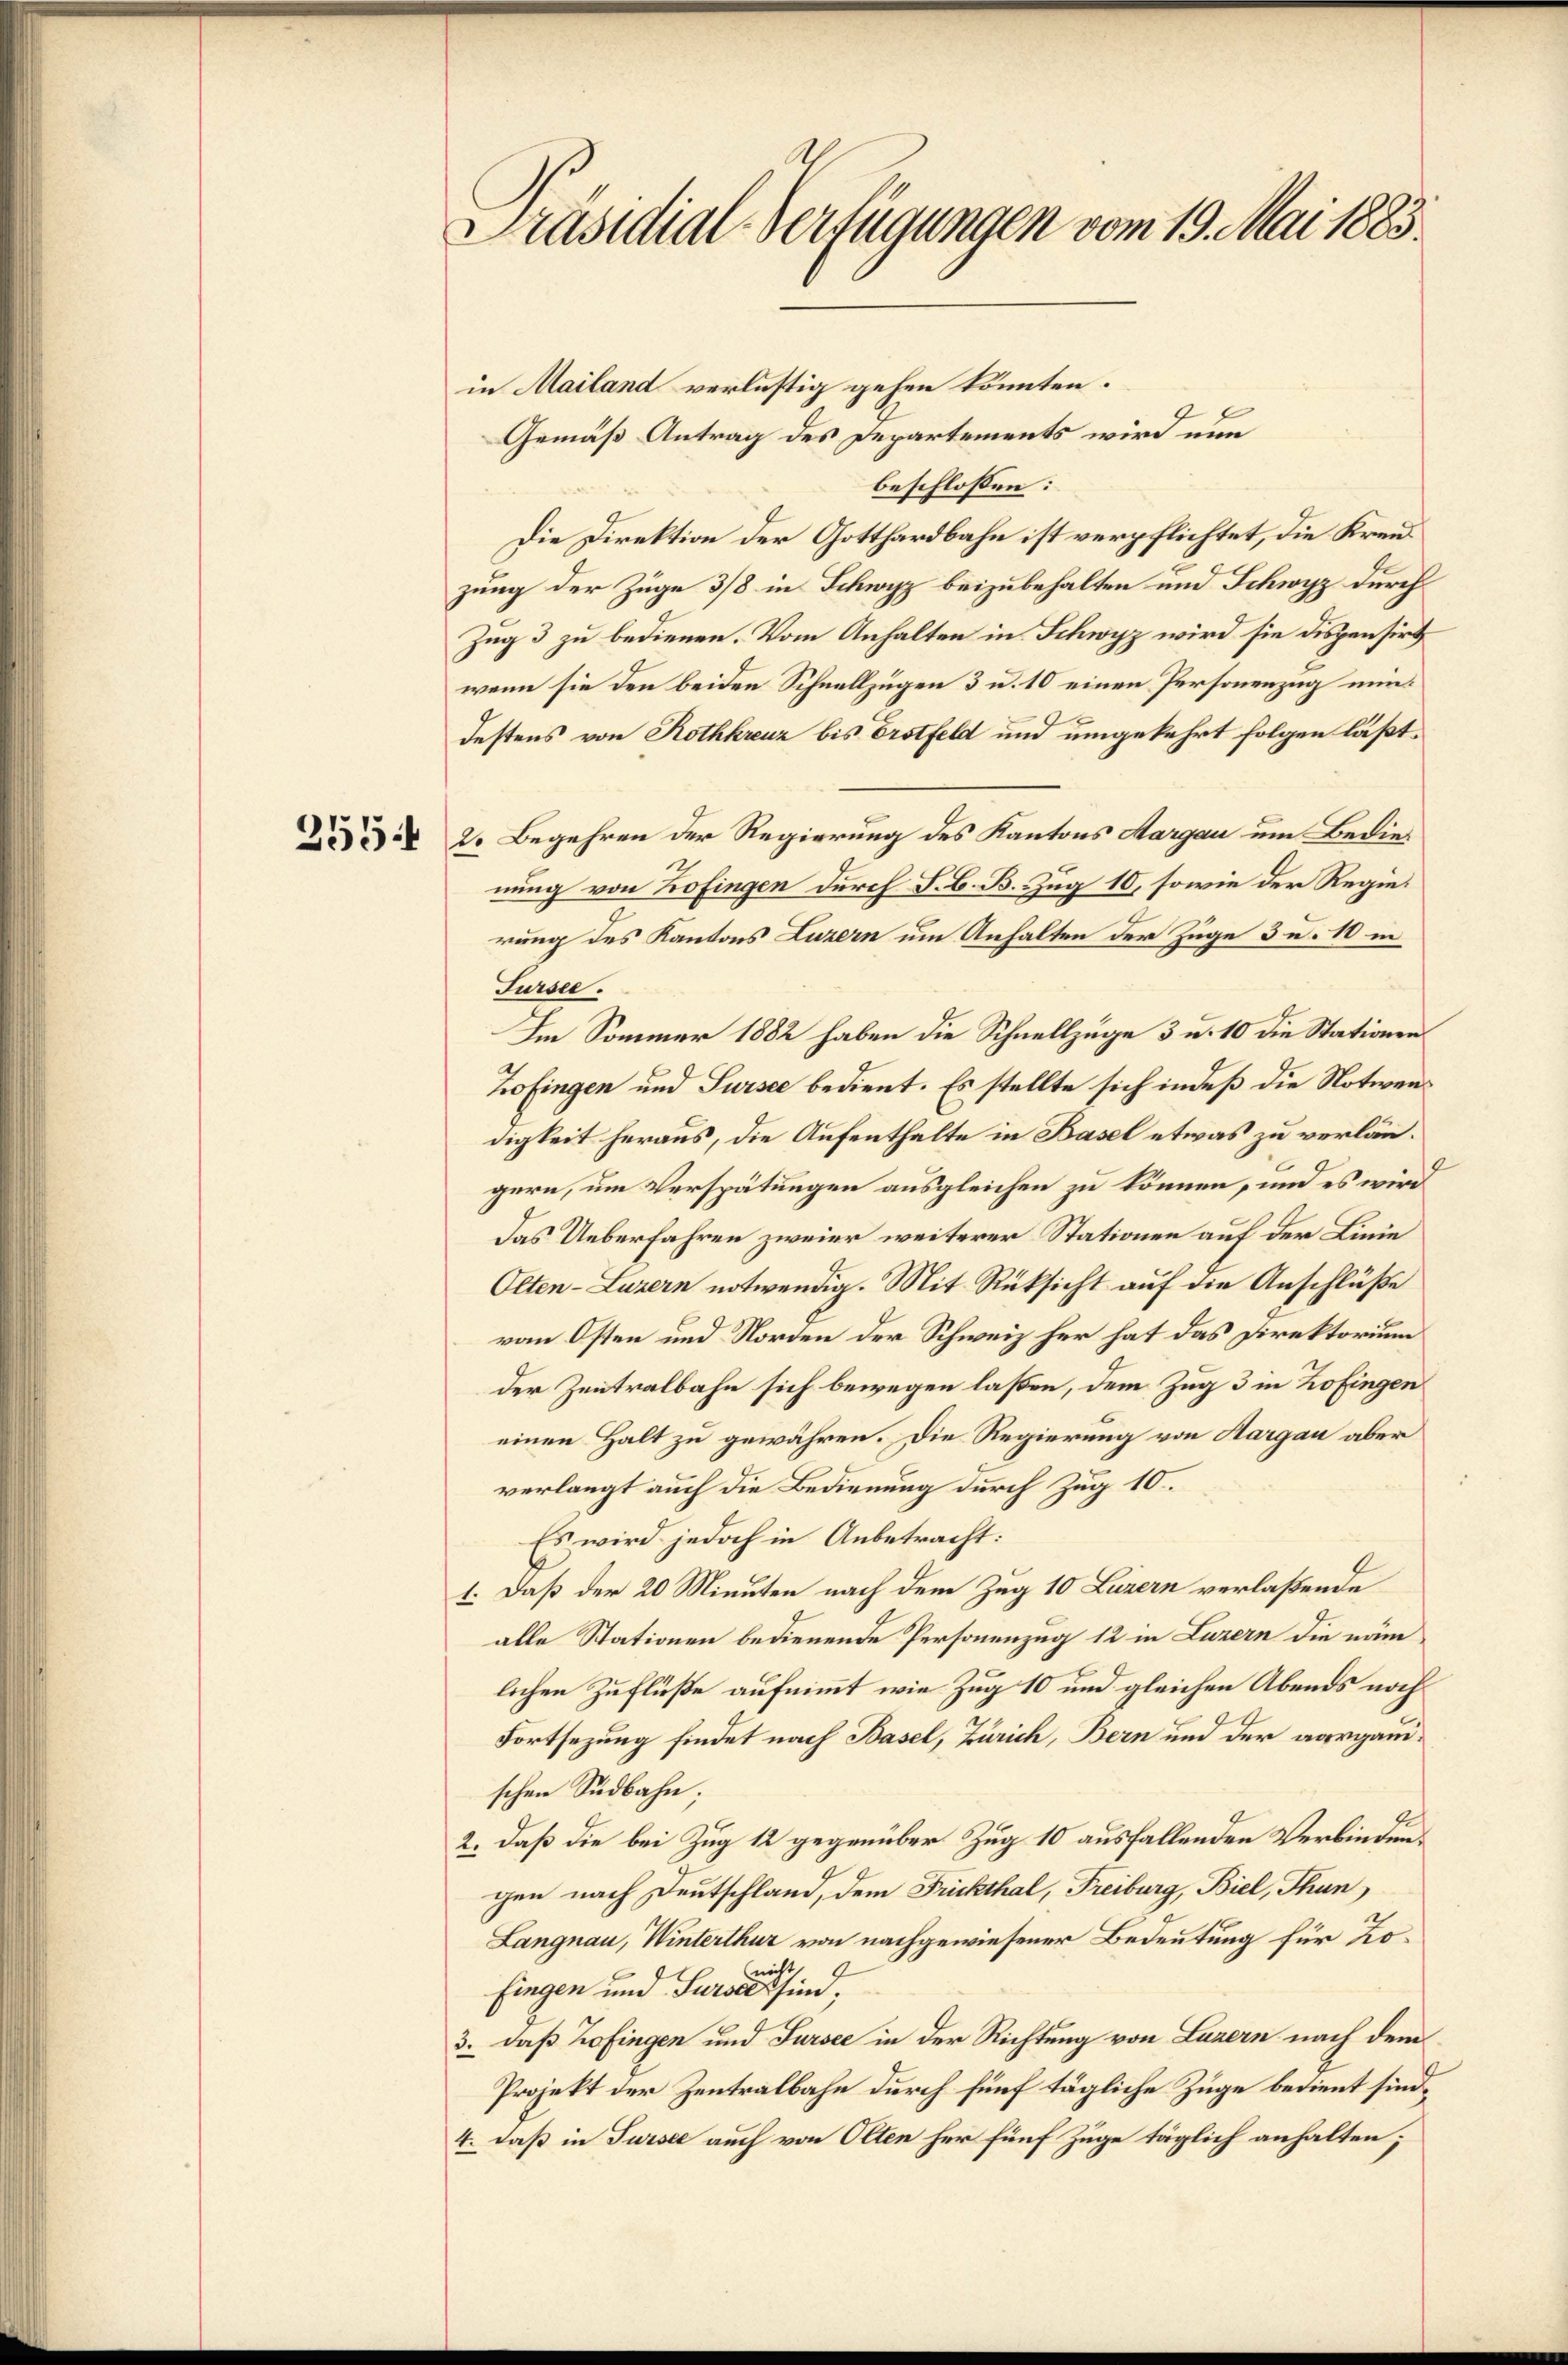
255.

Präsidial-Verfügungen vom 19. Mai 1883.

in Mailand verlustig gehen könnten.
Gemäß Antrag des Departements wird nun
beschlossen:
Die Direktion der Gotthardbahn ist verpflichtet, die Kreuzung der Züge 3/8 in Schwyz beizubehalten und Schwyz durch
Zug 3 zu bedienen. Vom Anhalten in Schwyz wird sie dispensirt
wenn sie den beiden Schnellzügen 3 u. 10 einen Personenzug nundestens von Rothkreuz bis Erstfeld und umgekehrt folgen läßt.
2. Begehren der Regierung des Kantons Aargau um Bedienung von Zofingen durch S. B. B. Zug 10, sowie der Regierung des Kantons Luzern um Anhalten der Zuge 3 u. 10 in
Fursee.
Im Sommer 1882 haben die Schnellzüge 3 u. 10 die Stationen
Zofingen und Sursee bedient. Es stellte sich indeß die Notwens
digkeit heraus, die Aufenthalte in Basel etwas zu verlängern, um Verspätungen ausgleichen zu können, und es wird
Das Ueberfahren zweier weiterer Stationen auf der Linie
Olten-Luzern notwendig. Mit Rüksicht auf die Anschlüße
vom Osten und Norden der Schweiz her hat das Direktorium
der Zentralbahn sich bewegen laßen, dem Zug 3 in Zofingen
einen Halt zu gewähren. Die Regierung von Aargau aber
verlangt auch die Bedienung durch Zug 10.
Es wird jedoch in Anbetracht:
1. Daß der 20 Minuten nach dem Zug 10 Luzern verlaßende
alle Stationen bedienende Personenzug 12 in Luzern die nämlichen Zuflüße aufnimmt wie Zug 10 und gleichen Abends noch
Fortsezung findet nach Basel, Zürich, Bern und der aargauischen Südbahn;
2. daß die bei Zug 12 gegenüber Zug 10 ausfallenden Verbindungen nach Deutschland, dem Frickthal, Freiburg, Biel, Thun
Langnau, Winterthur von nachgewiesener Bedeutung für Lofingen und Surses sind,
3. daß Zofingen und Sursee in der Richtung von Luzern nach dem
Projekt der Zentralbahn durch fünf tägliche Züge bedient sind,
4. daß in Sursee auch von Olten her fünf Zuge täglich anhalten;